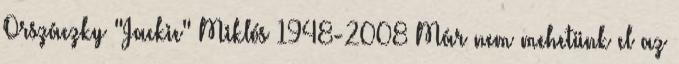
Orszáczky "Jackie" Miklós 1948-2008 Már nem mehetünk el az